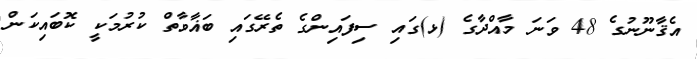
އެޤާނޫނުގެ 48 ވަނަ މާއްދާގެ (ޅ)ގައި ސިފައިންގެ ތެރޭގައި ބަޣާވާތް ކުރުމަކީ ކޮބައިކަން